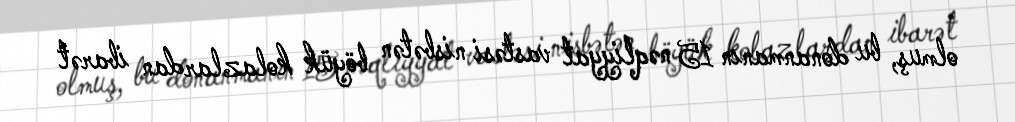
olmuş, bu donanmanın 15 nəqliyyat vastəsi nisbətən böyük kolazlardan ibarət